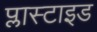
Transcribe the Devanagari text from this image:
प्लास्टाइड